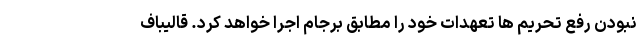
نبودن رفع تحریم ها تعهدات خود را مطابق برجام اجرا خواهد کرد. قالیباف